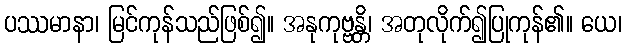
ပဿမာနာ၊ မြင်ကုန်သည်ဖြစ်၍။ အနုကုဗ္ဗန္တိ၊ အတုလိုက်၍ပြုကုန်၏။ ယေ၊